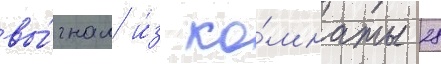
вы́гнал и́з ко́мнаты 28